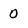
Character: 0